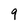
Character: 9